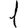
Digit: 1